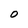
Character: O